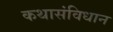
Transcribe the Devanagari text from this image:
कथासंविधान